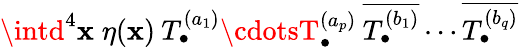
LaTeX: \intd^{4}\mathbf{x}\; \eta(\mathbf{x})\: T_{\bullet}^{(a_{1})}\cdotsT_{\bullet}^{(a_{p})}\: \overline{{{{T_{\bullet}^{(b_{1})}}}}}\cdots\overline{{{{T_{\bullet}^{(b_{q})}}}}}